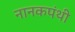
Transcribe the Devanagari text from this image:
नानकपंथी